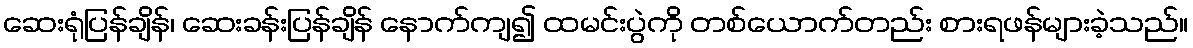
ဆေးရုံပြန်ချိန်၊ ဆေးခန်းပြန်ချိန် နောက်ကျ၍ ထမင်းပွဲကို တစ်ယောက်တည်း စားရဖန်များခဲ့သည်။